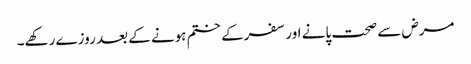
مرض سے صحت پانے اور سفرکے ختم ہونے کے بعد روزے رکھے۔